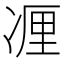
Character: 𰄃